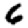
Digit: 6